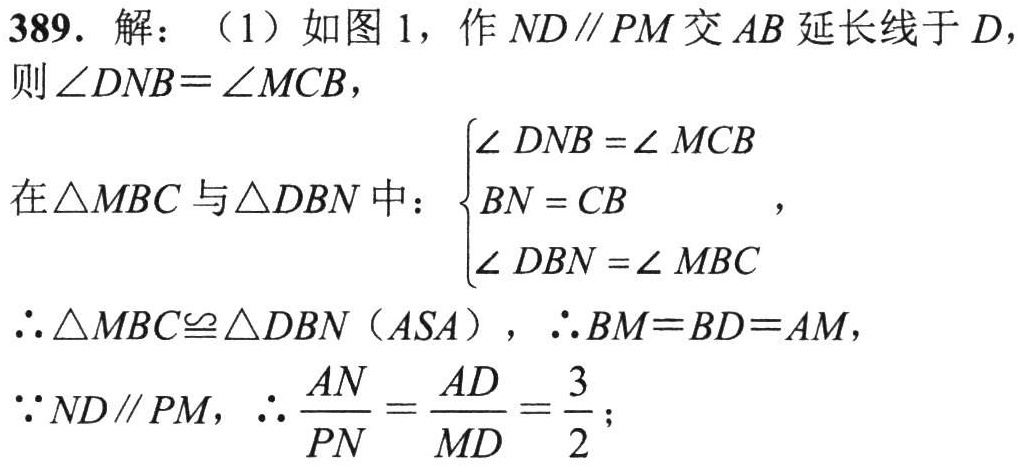
389. 解：（1）如图 1，作 \(ND\parallel PM\) 交 \(AB\) 延长线于 \(D\)，
则 \(\angle DNB = \angle MCB\)，
在\(\triangle MBC\) 与\(\triangle DBN\) 中：\(\begin{cases}\angle DNB=\angle MCB\\BN = CB\\\angle DBN=\angle MBC\end{cases}\)，
\(\therefore\triangle MBC\cong\triangle DBN\)（\(ASA\)），\(\therefore BM = BD = AM\)，
\(\because ND\parallel PM\)，\(\therefore\frac{AN}{PN}=\frac{AD}{MD}=\frac{3}{2}\)；